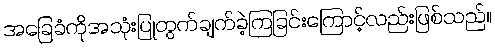
အခြေခံကိုအသုံးပြုတွက်ချက်ခဲ့ကြခြင်းကြောင့်လည်းဖြစ်သည်။